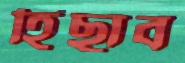
হিছাব